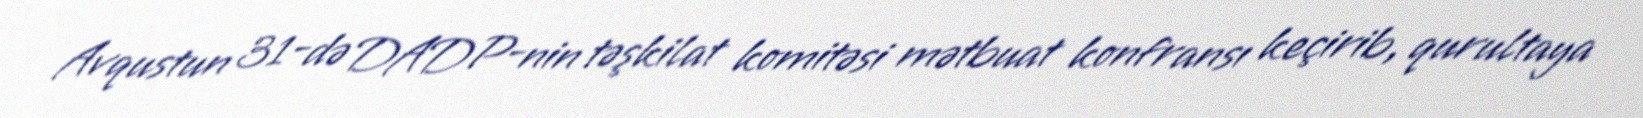
Avqustun 31-də DADP-nin təşkilat komitəsi mətbuat konfransı keçirib, qurultaya